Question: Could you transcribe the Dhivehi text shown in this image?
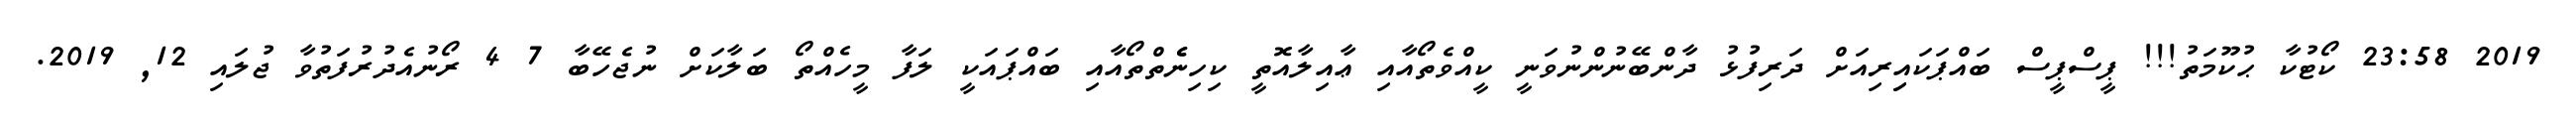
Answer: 2019 23:58 ކޯޓުކާ ޙުކޫމަތު!!! ޕީސްޕީސް ބައްޕަކައިިރިއަށް ދަރިފުޅު ދާންބޭނުންނުވަނީ ކީއްވެތޯއާއި ޢާއިލާއޮތީ ކިހިނެެތްތޯއާއި ބައްޕައަކީ ލަފާ މީހެއްތޯ ބަލާކަށް ނުޖެހޭބާ 7 4 ރޯނުއެދުރުފަތުވާ ޖުލައި 12, 2019.